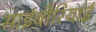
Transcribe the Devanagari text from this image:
साईबीरियाई